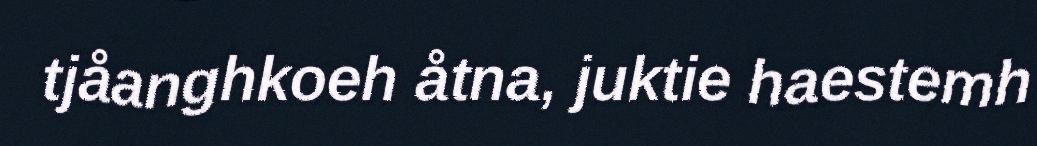
tjåanghkoeh åtna, juktie haestemh